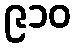
၉၁၀